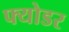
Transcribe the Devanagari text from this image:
फ्योडर